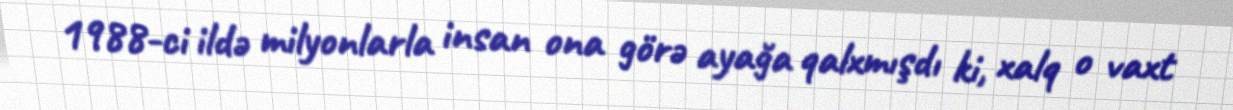
1988-ci ildə milyonlarla insan ona görə ayağa qalxmışdı ki, xalq o vaxt